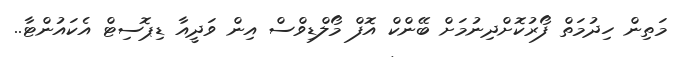
މަތިން ހިދުމަތް ފޯރުކޮށްދިނުމަށް ބޭންކް އޮފް މޯލްޑިވްސް އިން ވަދީއާ ޑިޕޮސިޓް އެކައުންޓާ..